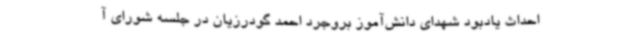
احداث یادبود شهدای دانش‌آموز بروجرد احمد گودرزیان در جلسه شورای آ